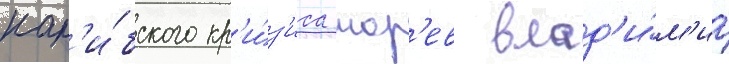
кар'и́бского кр'и́з'иса мор'ев влад'и́м'ир